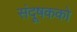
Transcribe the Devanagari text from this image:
संदूषकको